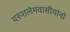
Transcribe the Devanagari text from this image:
यरुशलेमवासीयांनो